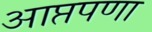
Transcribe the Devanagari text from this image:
आप्तपणा